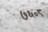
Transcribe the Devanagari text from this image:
७६०८